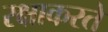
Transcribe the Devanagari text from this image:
रक्षाकरते